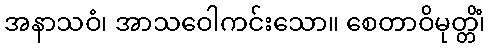
အနာသဝံ၊ အာသဝေါကင်းသော။ စေတာဝိမုတ္တိံ၊